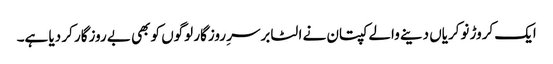
ایک کروڑ نوکریاں دینے والے کپتان نے الٹا برسرِ روزگار لوگوں کو بھی بے روزگار کر دیا ہے۔